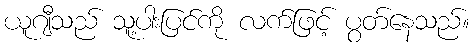
ယူဂျီသည် သူ့ပါးပြင်ကို လက်ဖြင့် ပွတ်နေသည်။